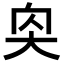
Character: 𪥌